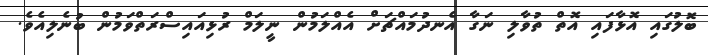
ބޮލުގައި އޮޅާފައި އޮތް ތުވާލި ނަގާ އެނދުމައްޗަށް އެއްލަމުން ނީލަމް ރުޅިއައިސްރަތްވަމުން ބުނެލިއެވެ.